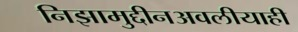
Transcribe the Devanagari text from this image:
निझामुद्दीनअवलीयाही